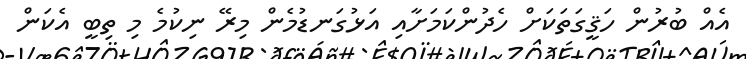
އެއް ބުރުން ހަޤީގަތަކަށް ހެދުންކަމަށާއި އަޅުގަނޑުމެން މިރޭ ނިކުމެ މި ތިބީ އެކަން